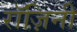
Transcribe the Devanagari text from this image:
रॉज़िनी